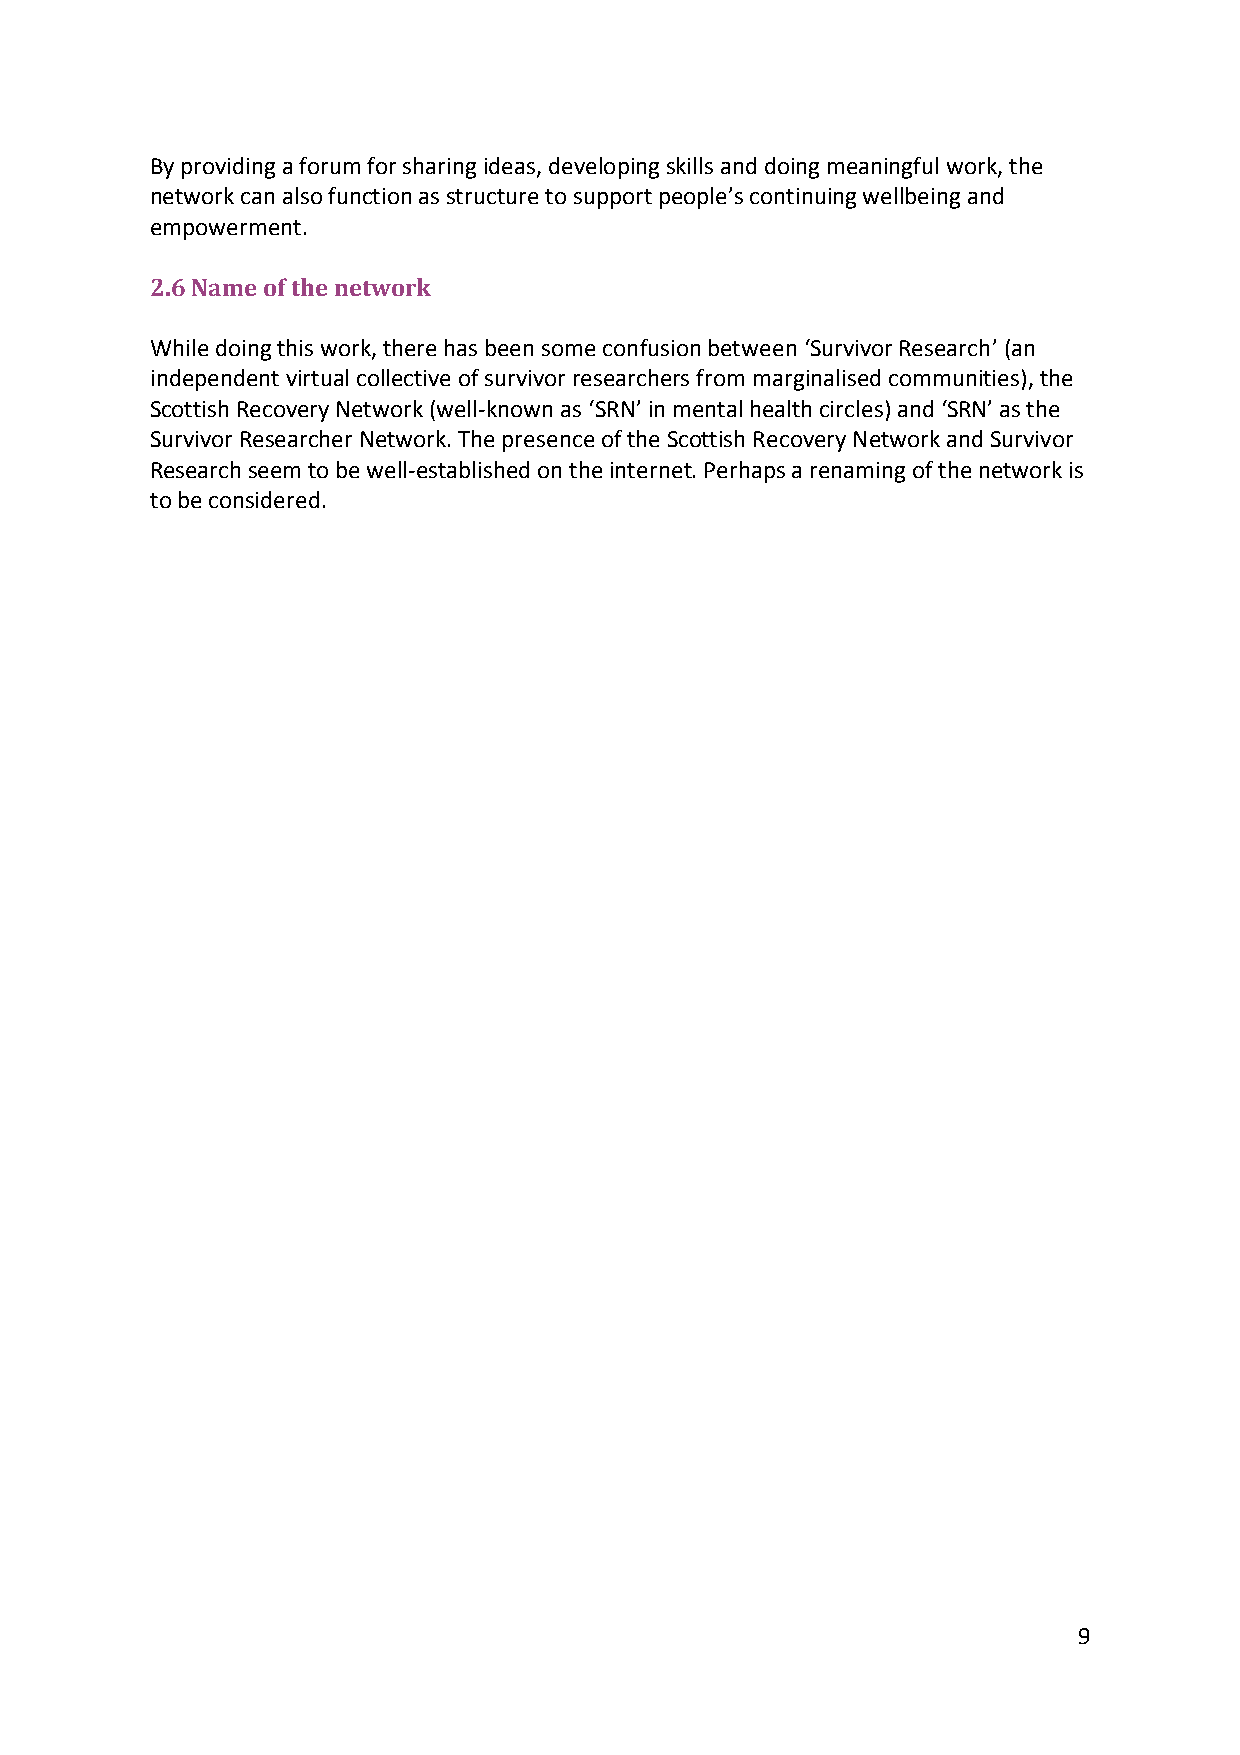
By providing a forum for sharing ideas, developing skills and doing meaningful work, the
 network can also function as structure to support people’s continuing wellbeing and
 empowerment.
 2.6 Name of the network
 While doing this work, there has been some confusion between ‘Survivor Research’ (an
 independent virtual collective of survivor researchers from marginalised communities), the
 Scottish Recovery Network (well-known as ‘SRN’ in mental health circles) and ‘SRN’ as the
 Survivor Researcher Network. The presence of the Scottish Recovery Network and Survivor
 Research seem to be well-established on the internet. Perhaps a renaming of the network is
 to be considered.
 9